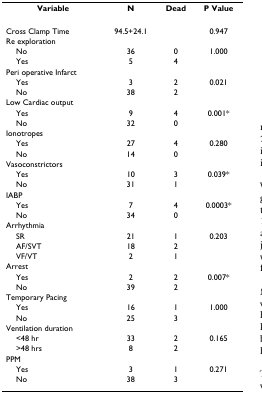
<table><thead><tr><td><b>Variable</b></td><td><b>N</b></td><td><b>Dead</b></td><td><b>P Value</b></td></tr></thead><tbody><tr><td>Cross Clamp Time</td><td>94.5+24.1</td><td></td><td>0.947</td></tr><tr><td>Re exploration</td><td></td><td></td><td></td></tr><tr><td> No</td><td>36</td><td>0</td><td>1.000</td></tr><tr><td> Yes</td><td>5</td><td>4</td><td></td></tr><tr><td>Peri operative Infarct</td><td></td><td></td><td></td></tr><tr><td> Yes</td><td>3</td><td>2</td><td>0.021</td></tr><tr><td> No</td><td>38</td><td>2</td><td></td></tr><tr><td>Low Cardiac output</td><td></td><td></td><td></td></tr><tr><td> Yes</td><td>9</td><td>4</td><td>0.001*</td></tr><tr><td> No</td><td>32</td><td>0</td><td></td></tr><tr><td>Ionotropes</td><td></td><td></td><td></td></tr><tr><td> Yes</td><td>27</td><td>4</td><td>0.280</td></tr><tr><td> No</td><td>14</td><td>0</td><td></td></tr><tr><td>Vasoconstrictors</td><td></td><td></td><td></td></tr><tr><td> Yes</td><td>10</td><td>3</td><td>0.039*</td></tr><tr><td> No</td><td>31</td><td>1</td><td></td></tr><tr><td>IABP</td><td></td><td></td><td></td></tr><tr><td> Yes</td><td>7</td><td>4</td><td>0.0003*</td></tr><tr><td> No</td><td>34</td><td>0</td><td></td></tr><tr><td>Arrhythmia</td><td></td><td></td><td></td></tr><tr><td> SR</td><td>21</td><td>1</td><td>0.203</td></tr><tr><td> AF/SVT</td><td>18</td><td>2</td><td></td></tr><tr><td> VF/VT</td><td>2</td><td>1</td><td></td></tr><tr><td>Arrest</td><td></td><td></td><td></td></tr><tr><td> Yes</td><td>2</td><td>2</td><td>0.007*</td></tr><tr><td> No</td><td>39</td><td>2</td><td></td></tr><tr><td>Temporary Pacing</td><td></td><td></td><td></td></tr><tr><td> Yes</td><td>16</td><td>1</td><td>1.000</td></tr><tr><td> No</td><td>25</td><td>3</td><td></td></tr><tr><td>Ventilation duration</td><td></td><td></td><td></td></tr><tr><td> &lt;48 hr</td><td>33</td><td>2</td><td>0.165</td></tr><tr><td> &gt;48 hrs</td><td>8</td><td>2</td><td></td></tr><tr><td>PPM</td><td></td><td></td><td></td></tr><tr><td> Yes</td><td>3</td><td>1</td><td>0.271</td></tr><tr><td> No</td><td>38</td><td>3</td><td></td></tr></tbody></table>